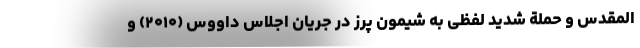
المقدس و حملة شدید لفظی به شیمون پرز در جریان اجلاس داووس (۲۰۱۰) و